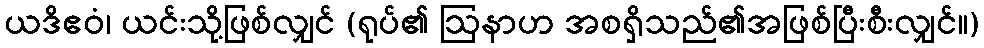
ယဒိဧဝံ၊ ယင်းသို့ဖြစ်လျှင် (ရုပ်၏ ဩနာဟ အစရှိသည်၏အဖြစ်ပြီးစီးလျှင်။)